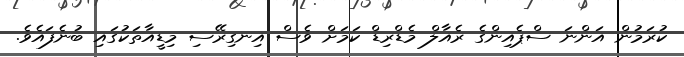
ކުރަމުން އަންނަ ސްޕެއިންގެ ރެއާލް މެޑްރިޑް ކަމަށް ވެސް އިނގިރޭސި މިޑީއާތަކުގައި ބުނެފައެވެ.